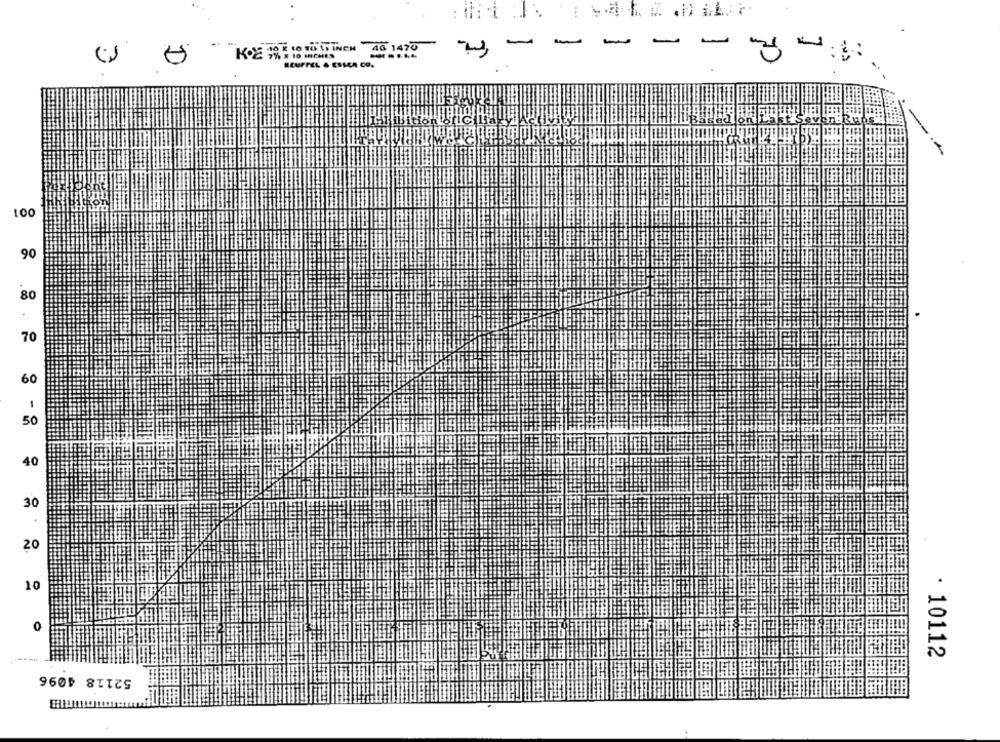
-
-
-
-
X 10 INCHES
ECUFFEL & ESSEA CO.
100
90
80
70
60
50
40
30
20
10
0
· 10112
52118 4096